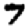
Digit: 7